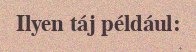
Ilyen táj például: